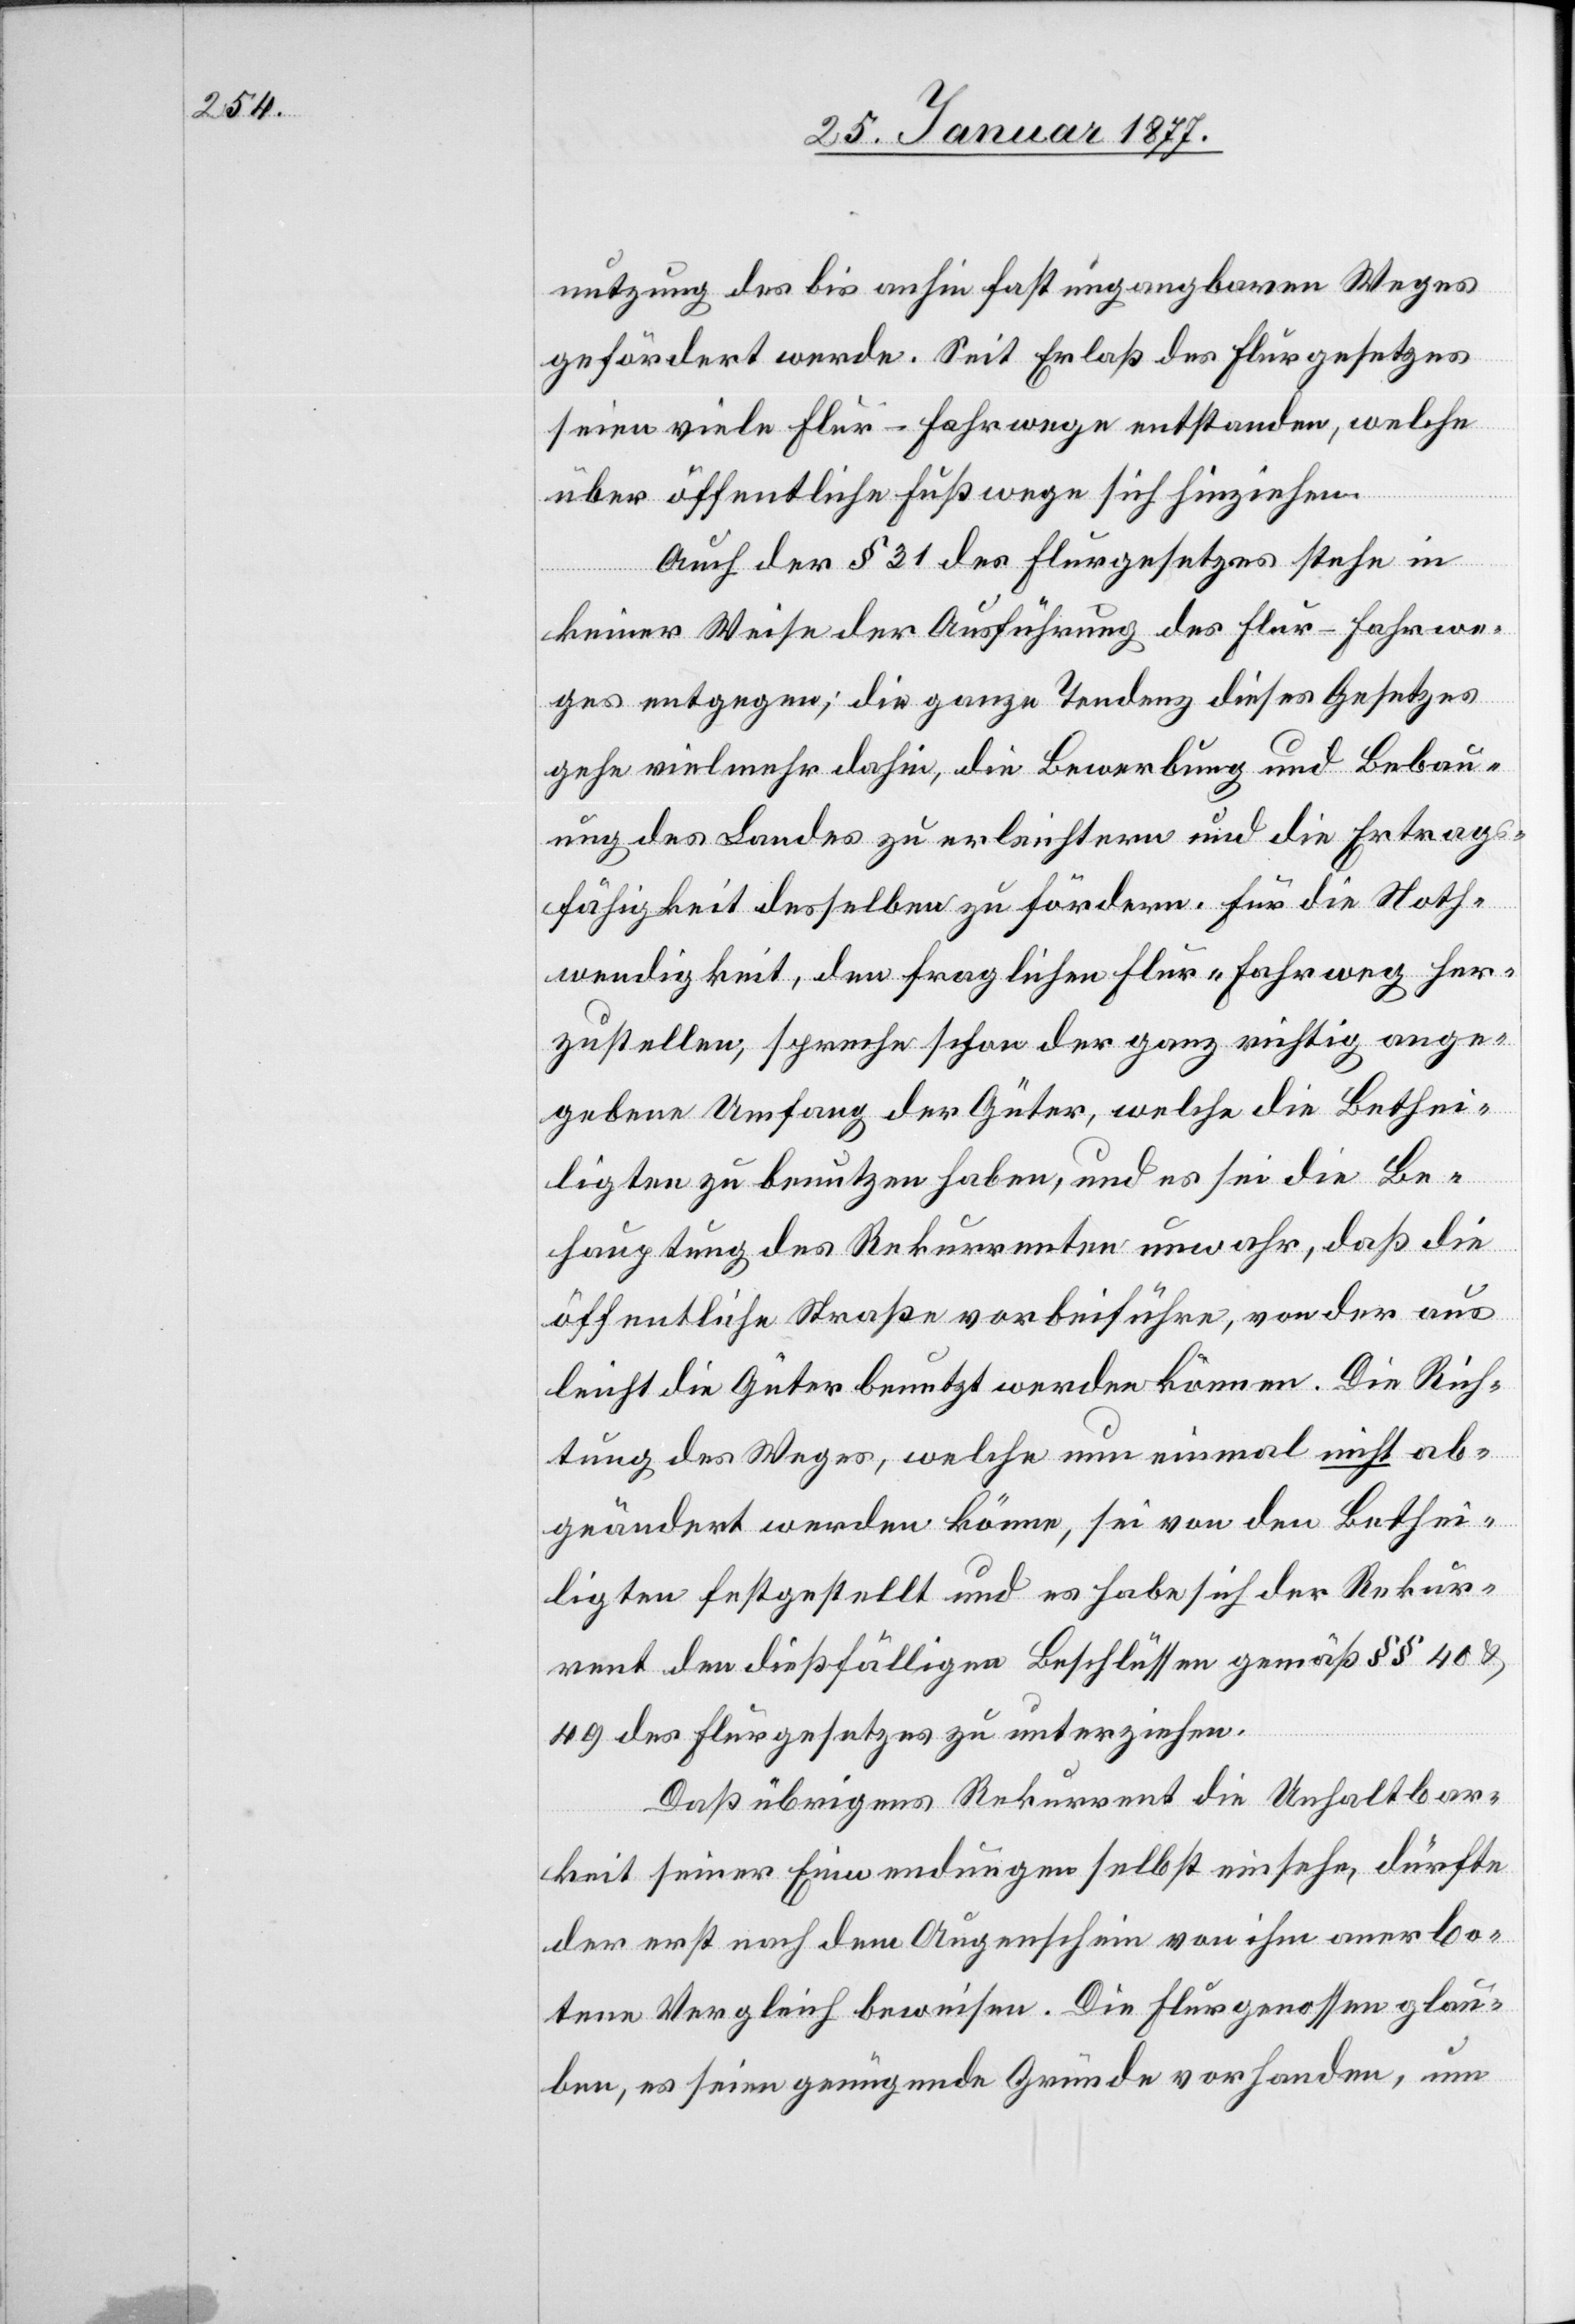
nutzung des bis anhin fast ungangbaren Weges
gefördert werde. Seit Erlaß des Flurgesetzes
seien viele Flur-Fahrwege entstanden, welche
über öffentliche Fußwege sich hinziehen.
Auch der § 31 des Flurgesetzes stehe in
keiner Weise der Ausführung des Flur-Fahrwe¬
ges entgegen; die ganze Tendenz dieses Gesetzes
gehe vielmehr dahin, die Bewerbung und Bebau¬
ung des Landes zu erleichtern und die Ertrags¬
fähigkeit desselben zu fördern. Für die Noth¬
wendigkeit, den fraglichen Flur-Fahrweg her¬
zustellen, spreche schon der ganz richtig ange¬
gebene Umfang der Güter, welche die Bethei¬
ligten zu benutzen haben, und es sei die Be¬
hauptung des Rekurrenten unwahr, daß die
öffentliche Straße vorbeiführe, von der aus
leicht die Güter benutzt werden können. Die Rich¬
tung des Weges, welche nun einmal nicht ab¬
geändert werden könne, sei von den Bethei¬
ligten festgestellt und es habe sich der Rekur¬
rent den dießfälligen Beschlüssen gemäß §§ 40 &
49 des Flurgesetzes zu unterziehen.
Daß übrigens Rekurrent die Unhaltbar¬
keit seiner Einwendungen selbst einsehe, dürfte
der erst nach dem Augenschein von ihm anerbo¬
tene Vergleich beweisen. Die Flurgenossen glau¬
ben, es seien genügende Gründe vorhanden, um